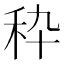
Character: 𰨞